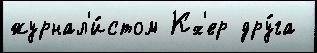
журнал'и́стом Кх'ер дру́га